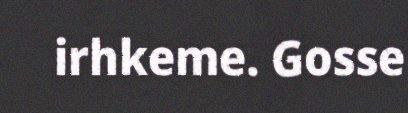
irhkeme. Gosse